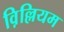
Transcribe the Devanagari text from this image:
व़िल्लियम